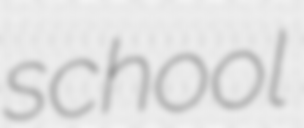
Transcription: school